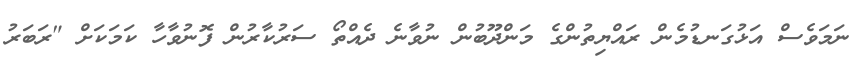
ނަމަވެސް އަޅުގަނޑުމެން ރައްޔިތުންގެ މަންދޫބުން ނުވާނެ ދެއްތޯ ސަރުކާރުން ފޮނުވާހާ ކަމަކަށް "ރަބަރު